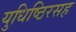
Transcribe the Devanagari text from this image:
युधिष्ठिरसह